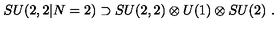
S U ( 2 , 2 | N = 2 ) \supset S U ( 2 , 2 ) \otimes U ( 1 ) \otimes S U ( 2 ) \ .